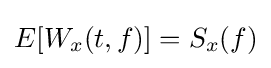
E[W_{x}(t,f)]=S_{x}(f)